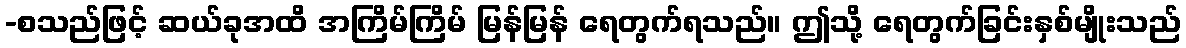
-စသည်ဖြင့် ဆယ်ခုအထိ အကြိမ်ကြိမ် မြန်မြန် ရေတွက်ရသည်။ ဤသို့ ရေတွက်ခြင်းနှစ်မျိုးသည်